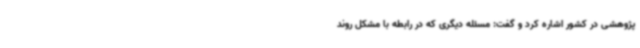
پژوهشی در کشور اشاره کرد و گفت: مسئله دیگری که در رابطه با مشکل روند